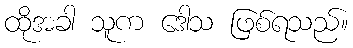
ထိုအခါ သူက ဒေါသ ဖြစ်ရသည်။